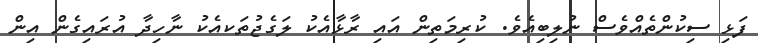
ފަޅި ސިކުންތެއްވެސް ނުލިބިއެވެ. ކުރިމަތިން އައި ރާޅާއެކު ލަގެޖުތަކއެކު ނާހިދާ އުރައިގެން އިން